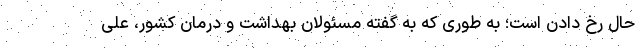
حال رخ دادن است؛ به طوری که به گفته مسئولان بهداشت و درمان کشور، علی